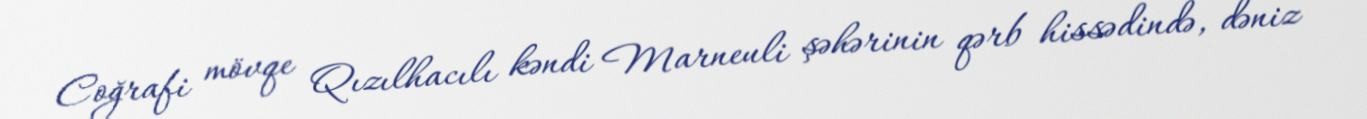
Coğrafi mövqe Qızılhacılı kəndi Marneuli şəhərinin qərb hissədində, dəniz